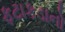
ફટાકડાનો